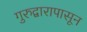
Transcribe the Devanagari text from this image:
गुरुद्वारापासून